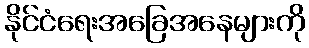
နိုင်ငံရေးအခြေအနေများကို